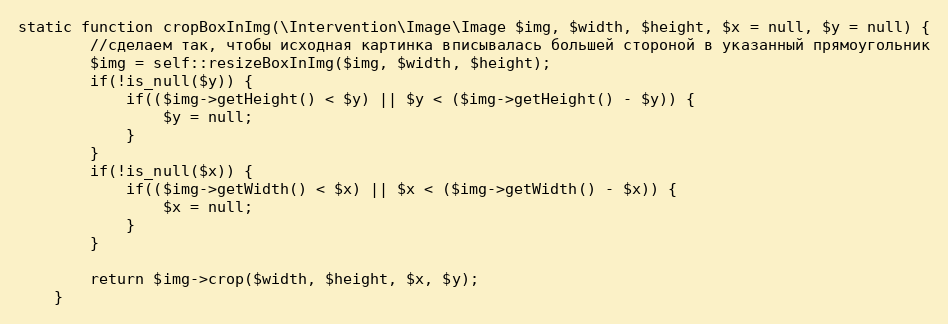
Language: PHP
static function cropBoxInImg(\Intervention\Image\Image $img, $width, $height, $x = null, $y = null) {
        //сделаем так, чтобы исходная картинка вписывалась большей стороной в указанный прямоугольник
        $img = self::resizeBoxInImg($img, $width, $height);
        if(!is_null($y)) {
            if(($img->getHeight() < $y) || $y < ($img->getHeight() - $y)) {
                $y = null;
            }
        }
        if(!is_null($x)) {
            if(($img->getWidth() < $x) || $x < ($img->getWidth() - $x)) {
                $x = null;
            }
        }

        return $img->crop($width, $height, $x, $y);
    }